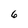
Character: 6